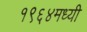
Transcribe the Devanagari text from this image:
१९६४मध्यी